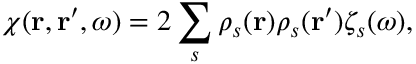
\chi ( \mathbf { r } , \mathbf { r } ^ { \prime } , \omega ) = 2 \sum _ { s } \rho _ { s } ( \mathbf { r } ) \rho _ { s } ( \mathbf { r } ^ { \prime } ) \zeta _ { s } ( \omega ) ,